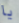
يا